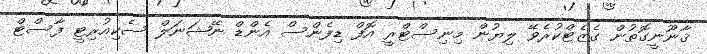
ޤާނޫނީގޮތުން ގެޒެޓްކުރެވޭ ލިޔުން މިނިސްޓްރީ އޮފް ޑިފެންސް އެންޑް ނޭޝަނަލް ސެކިއުރިޓީ ފާސްޓް